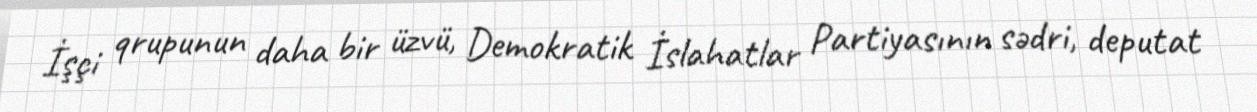
İşçi qrupunun daha bir üzvü, Demokratik İslahatlar Partiyasının sədri, deputat